Annual report on the working of the lock hospitals in the Central Provinces
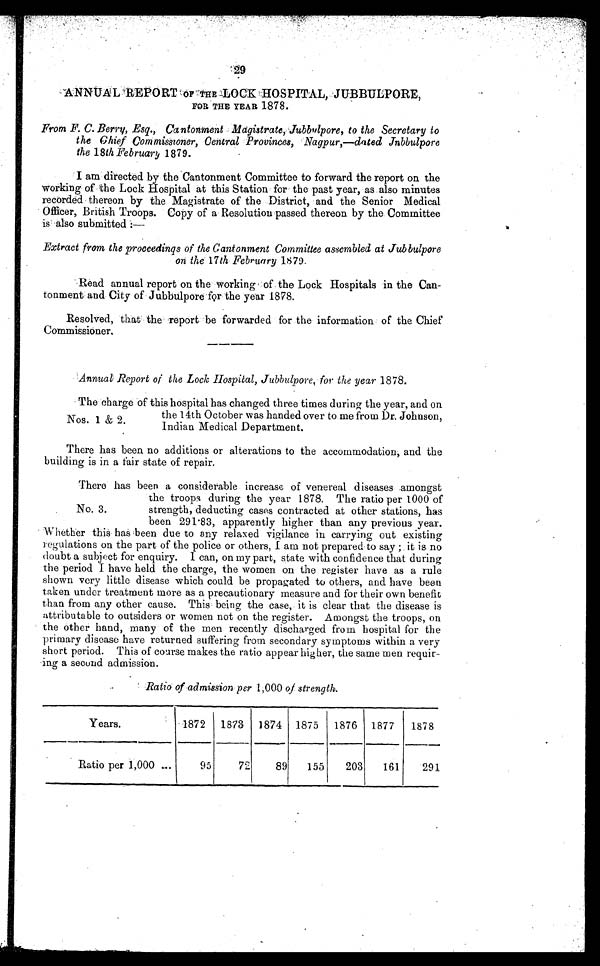
ANNUAL REPORT OF THE LOCK HOSPITAL, JUBBULPORE,
FOR THE YEAR 1878.
From F. C. Berry, Esq., Cantonment Magistrate, Jubbulpore, to the Secretary to
the Chief Commissioner, Central Provinces, Nagpur,—dated Jnbbulpore
the 18th February 1879.
I am directed by the Cantonment Committee to forward the report on the
working of the Lock Hospital at this Station for the past year, as also minutes
recorded thereon by the Magistrate of the District, and the Senior Medical
Officer, British Troops. Copy of a Resolution passed thereon by the Committee
is also submitted :—
Extract from the proceedings of the Cantonment Committee assembled at Jubbulpore
on the 17th February 1879.
Read annual report on the working of the Lock Hospitals in the Can-
tonment and City of Jubbulpore for the year 1878.
Resolved, that the report be forwarded for the information of the Chief
Commissioner.
Annual Report of the Lock Hospital, Jubbulpore, for the year 1878.
The charge of this hospital has changed three times during the year, and on
the 14th October was handed over to me from Dr. Johnson,
Indian Medical Department.
There has been no additions or alterations to the accommodation, and the
building is in a fair state of repair.
There has been a considerable increase of venereal diseases amongst
the troops during the year 1878. The ratio per 1000 of
strength, deducting cases contracted at other stations, has
been 291.83, apparently higher than any previous year.
Whether this has been due to any relaxed vigilance in carrying out existing
regulations on the part of the police or others, I am not prepared to say ; it is no
doubt a subject for enquiry. I can, on my part, state with confidence that during
the period I have held the charge, the women on the register have as a rule
shown very little disease which could be propagated to others, and have been
taken under treatment more as a precautionary measure and for their own benefit
than from any other cause. This being the case, it is clear that the disease is
attributable to outsiders or women not on the register. Amongst the troops, on
the other hand, many of the men recently discharged from hospital for the
primary disease have returned suffering from secondary symptoms within a very
short period. This of course makes the ratio appear higher, the same men requir-
ing a second admission.
Ratio of admission per 1,00.0 of strength.
Years.
1872 1873 1874 1875 1876 1877
1878
Ratio per 1,000 ...
95
72
89
155
203
161
291
Nos. 1 & 2.
No. 3.